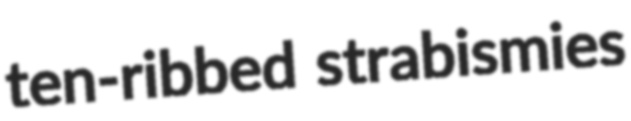
ten-ribbed strabismies